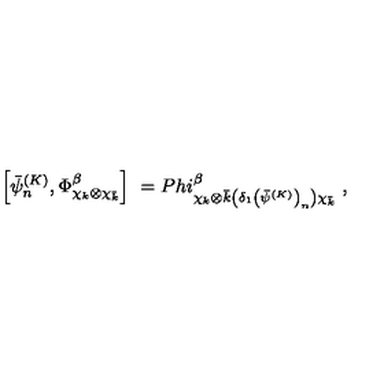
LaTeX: \left[ \bar { \psi } _ { n } ^ { ( K ) } , \Phi _ { \chi _ { k } \otimes \chi _ { \bar { k } } } ^ { \beta } \right] \ = P h i _ { \chi _ { k } \otimes \bar { k } \left( \delta _ { 1 } \left( \bar { \psi } ^ { ( K ) } \right) _ { n } \right) \chi _ { \bar { k } } } ^ { \beta } \ ,